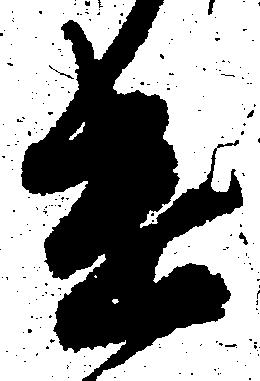
遣